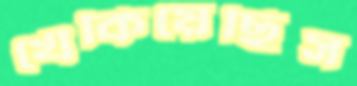
খেঁকিয়েছিস